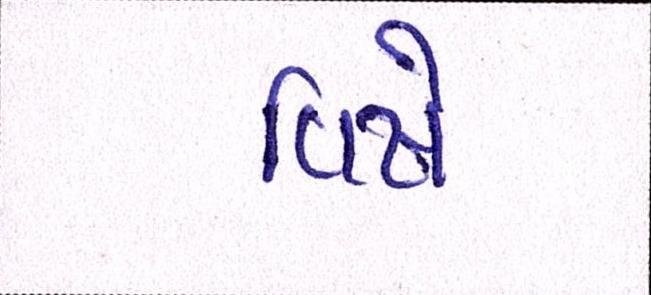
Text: વિષે